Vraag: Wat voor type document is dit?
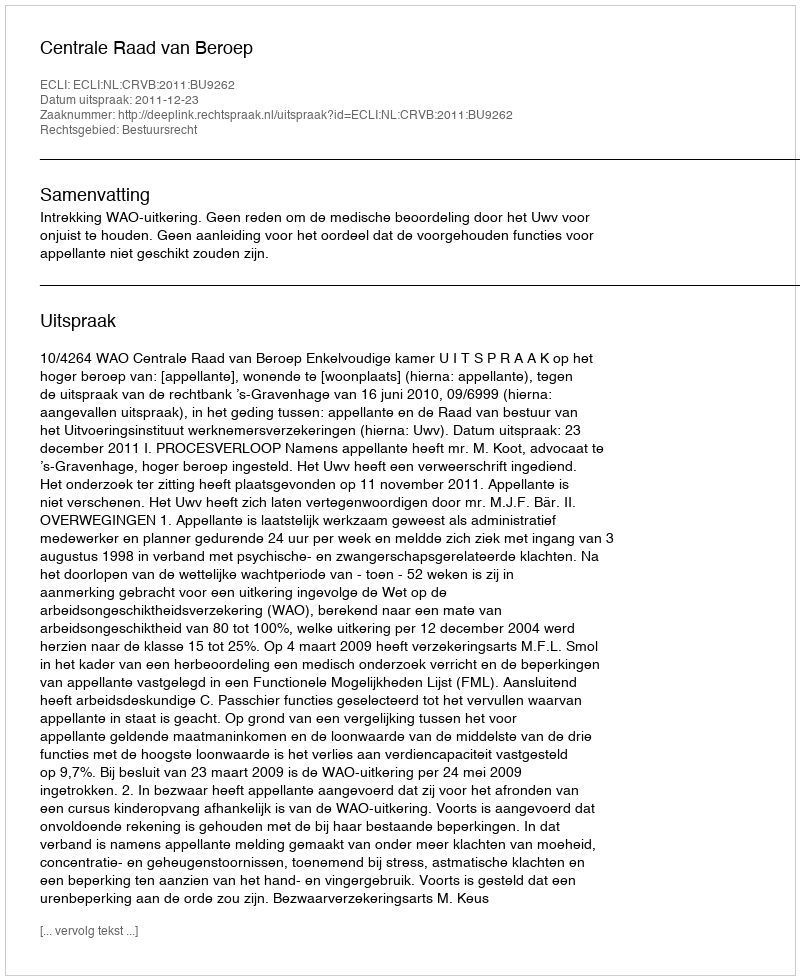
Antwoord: Uitspraak